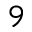
^ 9